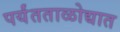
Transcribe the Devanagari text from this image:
पर्यंतताळोद्यात